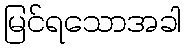
မြင်ရသောအခါ